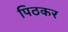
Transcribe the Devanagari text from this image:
पिठकर